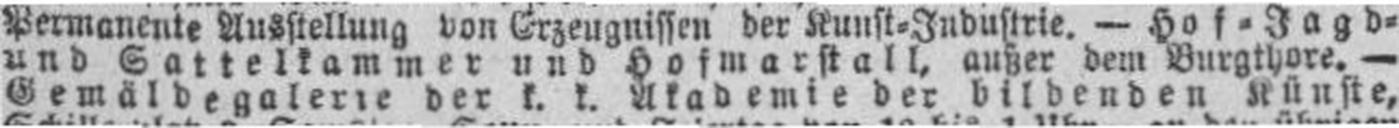
Gemäldegalerie der k. k. Akademie der bildenden Künste,